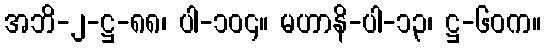
အဘိ-၂-ဋ္ဌ-၈၈၊ ပါ-၁၀၄။ မဟာနိ-ပါ-၁၃၊ ဋ္ဌ-၆၀က။